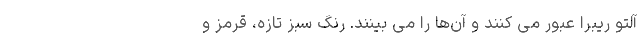
آلتو ریبرا عبور می کنند و آن‌ها را می بینند. رنگ سبز تازه، قرمز و